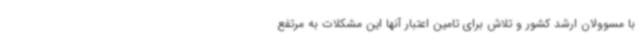
با مسوولان ارشد کشور و تلاش برای تامین اعتبار آنها این مشکلات به مرتفع